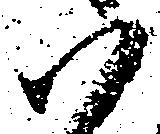
ハ